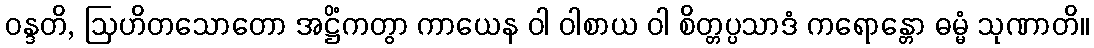
ဝန္ဒတိ, ဩဟိတသောတော အဋ္ဌိံကတွာ ကာယေန ဝါ ဝါစာယ ဝါ စိတ္တပ္ပသာဒံ ကရောန္တော ဓမ္မံ သုဏာတိ။